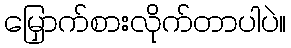
မြှောက်စားလိုက်တာပါပဲ။